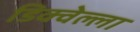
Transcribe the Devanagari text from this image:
डिक्वेल्ला